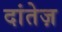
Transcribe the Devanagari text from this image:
दांतेज़